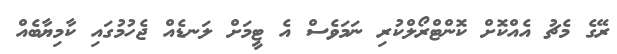
ރޭގެ މެޗު އެއްކޮށް ކޮންޓްރޯލްކުރި ނަމަވެސް އެ ޓީމަށް ލަނޑެއް ޖެހުމުގައި ކާމިޔާބެއް